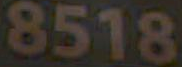
8518